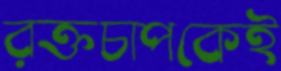
রক্তচাপকেই